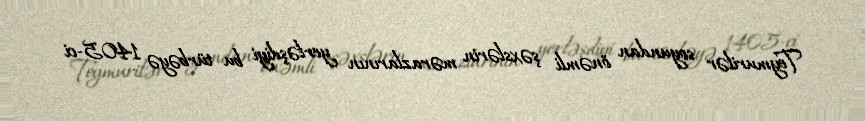
Teymurilər soyundan önəmli şəxslərin mərazlarının yerləşdiyi bu türbəyə 1405-ci